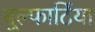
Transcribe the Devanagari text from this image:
बूल्फार्टिया